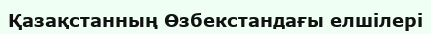
Қазақстанның Өзбекстандағы елшілері